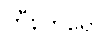
ဟီနတရော